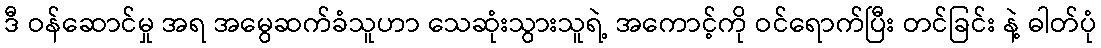
ဒီ ဝန်ဆောင်မှု အရ အမွေဆက်ခံသူဟာ သေဆုံးသွားသူရဲ့ အကောင့်ကို ဝင်ရောက်ပြီး တင်ခြင်း နဲ့ ဓါတ်ပုံ